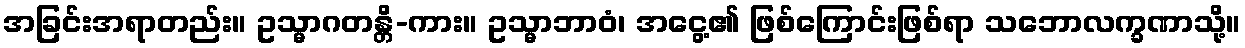
အခြင်းအရာတည်း။ ဥသ္မာဂတန္တိ-ကား။ ဥသ္မာဘာဝံ၊ အငွေ့၏ ဖြစ်ကြောင်းဖြစ်ရာ သဘောလက္ခဏာသို့။